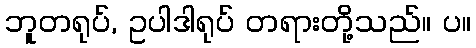
ဘူတရုပ်, ဥပါဒါရုပ် တရားတို့သည်။ ပ။